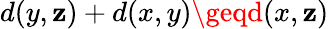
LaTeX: d(y,\mathbf{z})+d(x,y)\geqd(x,\mathbf{z})